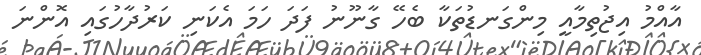
އާއްމު އިޖުތިމާއީ މިންގަނޑުތަކާ ބެހޭ ގާނޫނު ފަދަ ހަމަ އެކަނި ކަރުދާހުގައި އޮންނަ